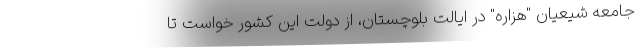
جامعه شیعیان "هزاره" در ایالت بلوچستان، از دولت این کشور خواست تا